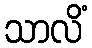
သာလိံ